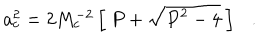
a _ { c } ^ { 2 } = 2 M _ { c } ^ { - 2 } \left[ ~ P + \sqrt { P ^ { 2 } - 4 } ~ \right] .